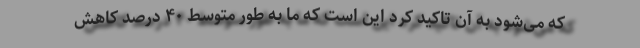
که می‌شود به آن تاکید کرد این است که ما به طور متوسط ۴۰ درصد کاهش